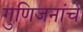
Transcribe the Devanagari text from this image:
गुणिजनांचे